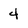
Character: 4